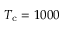
T _ { \mathrm { c } } = 1 0 0 0